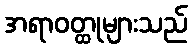
အရာဝတ္ထုများသည်